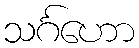
သင်္ဂဟော